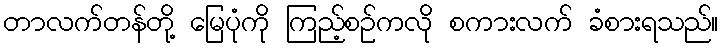
တာလက်တန်တို့ မြေပုံကို ကြည့်စဉ်ကလို စကားလက် ခံစားရသည်။